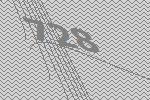
728